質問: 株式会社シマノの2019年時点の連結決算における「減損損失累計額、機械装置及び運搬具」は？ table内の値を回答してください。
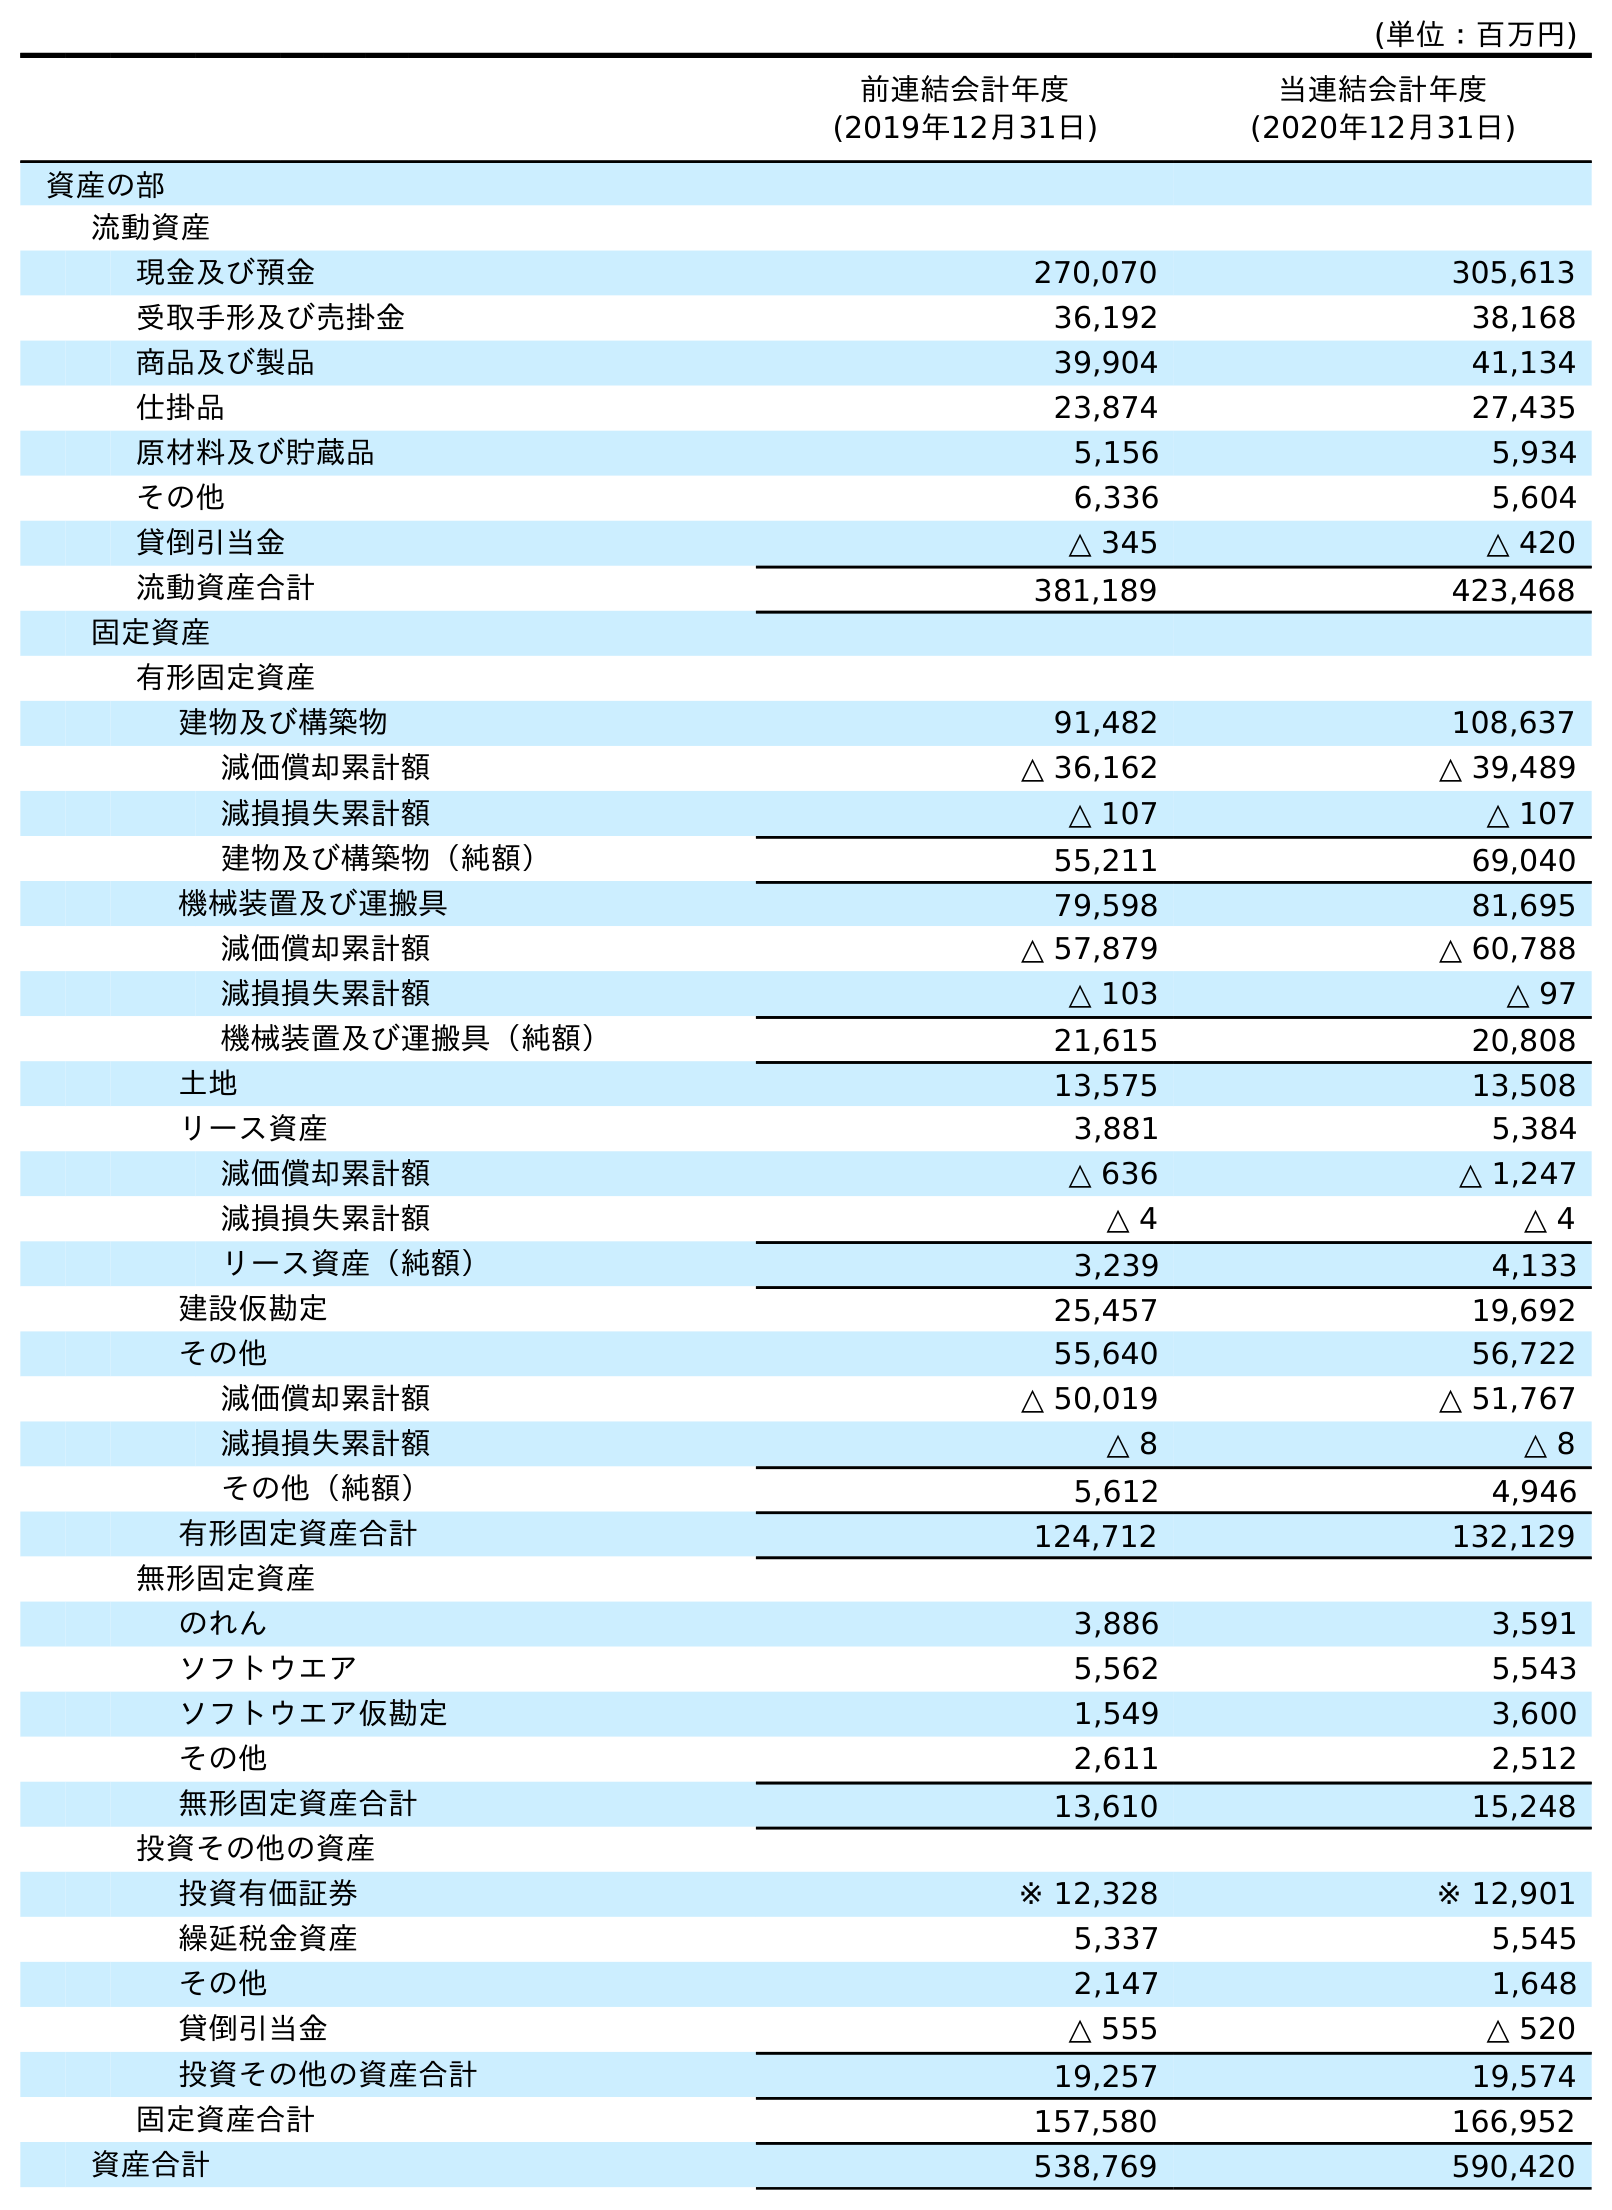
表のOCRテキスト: (単位：百万円) 前連結会計年度 (2019年12月31日) 当連結会計年度 (2020年12月31日) 資産の部 流動資産 現金及び預金 270,070 305,613 受取手形及び売掛金 36,192 38,168 商品及び製品 39,904 41,134 仕掛品 23,874 27,435 原材料及び貯蔵品 5,156 5,934 その他 6,336 5,604 貸倒引当金 △ 345 △ 420 流動資産合計 381,189 423,468 固定資産 有形固定資産 建物及び構築物 91,482 108,637 減価償却累計額 △ 36,162 △ 39,489 減損損失累計額 △ 107 △ 107 建物及び構築物（純額） 55,211 69,040 機械装置及び運搬具 79,598 81,695 減価償却累計額 △ 57,879 △ 60,788 減損損失累計額 △ 103 △ 97 機械装置及び運搬具（純額） 21,615 20,808 土地 13,575 13,508 リース資産 3,881 5,384 減価償却累計額 △ 636 △ 1,247 減損損失累計額 △ 4 △ 4 リース資産（純額） 3,239 4,133 建設仮勘定 25,457 19,692 その他 55,640 56,722 減価償却累計額 △ 50,019 △ 51,767 減損損失累計額 △ 8 △ 8 その他（純額） 5,612 4,946 有形固定資産合計 124,712 132,129 無形固定資産 のれん 3,886 3,591 ソフトウエア 5,562 5,543 ソフトウエア仮勘定 1,549 3,600 その他 2,611 2,512 無形固定資産合計 13,610 15,248 投資その他の資産 投資有価証券 ※ 12,328 ※ 12,901 繰延税金資産 5,337 5,545 その他 2,147 1,648 貸倒引当金 △ 555 △ 520 投資その他の資産合計 19,257 19,574 固定資産合計 157,580 166,952 資産合計 538,769 590,420
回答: △103